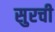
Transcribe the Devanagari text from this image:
सुरची